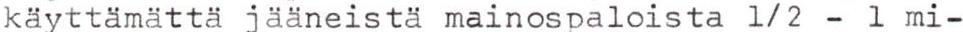
käyttämättä jääneistä mainospaloista 1/2 - 1 mi-